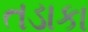
તડાકા